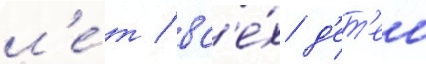
л'е́т / вс'е́х д'ет'еи